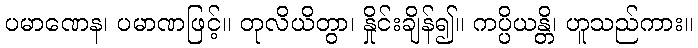
ပမာဏေန၊ ပမာဏဖြင့်။ တုလိယိတွာ၊ နှိုင်းချိန်၍။ ကပ္ပိယန္တိ၊ ဟူသည်ကား။